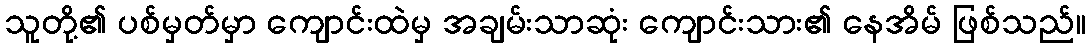
သူတို့၏ ပစ်မှတ်မှာ ကျောင်းထဲမှ အချမ်းသာဆုံး ကျောင်းသား၏ နေအိမ် ဖြစ်သည်။